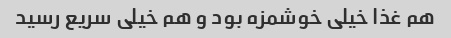
هم غذا خیلی خوشمزه بود و هم خیلی سریع رسید